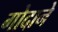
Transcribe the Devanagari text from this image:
गोदाने